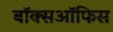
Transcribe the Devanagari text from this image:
बॉक्सऑफिस